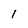
Character: 1